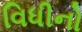
વિધીનો